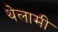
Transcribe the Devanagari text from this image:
थेलामी